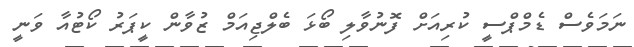
ނަމަވެސް ޑެމްޕްސީ ކުރިއަށް ފޮނުވާލި ބޯޅަ ބެލްޖިއަމް ޒުވާން ކީޕަރު ކޯޓުއާ ވަނީ